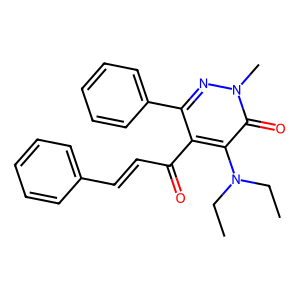
SMILES: CCN(CC)c1c(C(=O)C=Cc2ccccc2)c(-c2ccccc2)nn(C)c1=O
Inhibits HIV replication: No